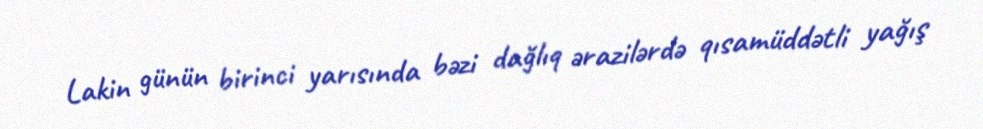
Lakin günün birinci yarısında bəzi dağlıq ərazilərdə qısamüddətli yağış